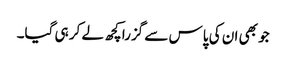
جو بھی ان کی پاس سے گزرا کچھ لے کر ہی گیا۔